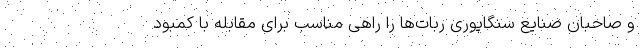
و صاحبان صنایع سنگاپوری ربات‌ها را راهی مناسب برای مقابله با کمبود